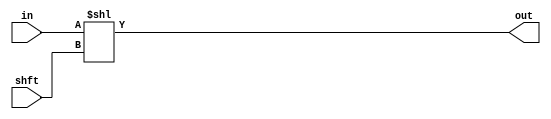
module left(in,shft,out);
input [15:0]shft;
input [15:0]in;
output [15:0]out;
assign out=in<<shft;
endmodule